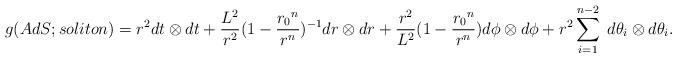
\begin{align*}g(AdS;soliton) = {r^2}dt \otimes dt + {{L^2} \over {r^2}}{(1 - {{{r_0}^n} \over {r^n}})^{-1}}dr \otimes dr + {{r^2} \over {L^2}}{(1 - {{{r_0}^n} \over {r^n}})}d\phi \otimes d\phi + {r^2}\sum^{n-2}_{i=1} \; d\theta_i \otimes d\theta_i.\end{align*}